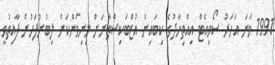
1991 ވަނަ އަހަރު ސޯވިއެޓް އިއްތިހާދުގެ ކިބައިން އުޒްބަކިސްތާނަށް މިނިވަންކަން ލިބުނުފަހުން ފާއިތުވީ